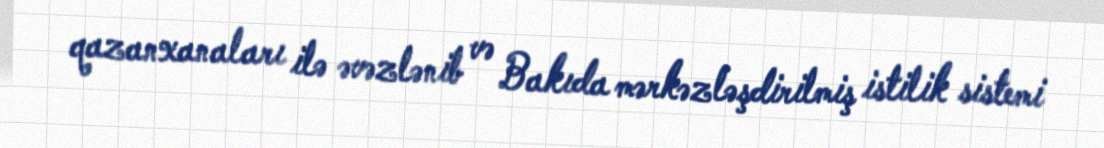
qazanxanaları ilə əvəzlənib və Bakıda mərkəzləşdirilmiş istilik sistemi